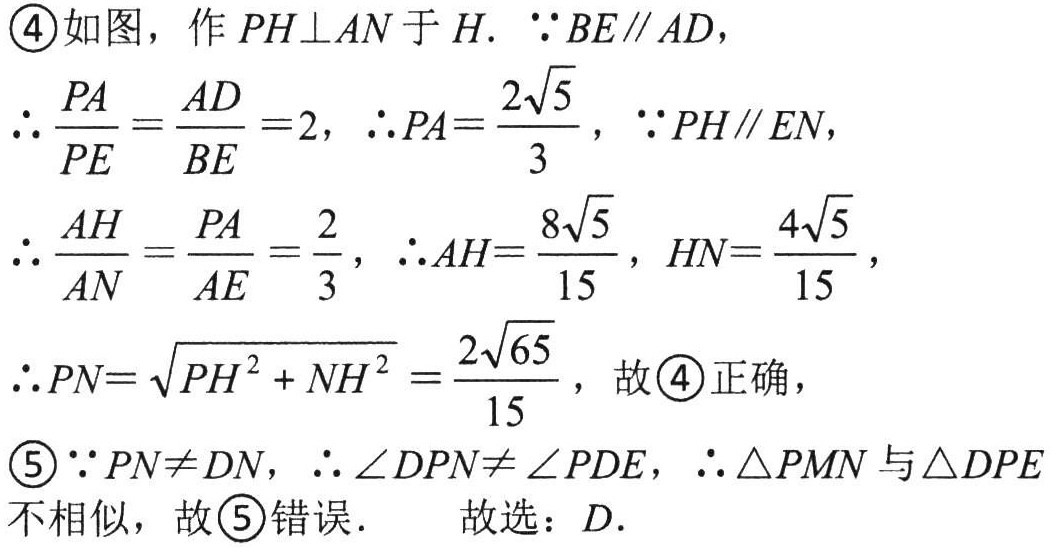
\begin{enumerate}

\item 如图，作 \(PH\perp AN\) 于 \(H\). \(\because BE\parallel AD\)，

\(\therefore \frac{PA}{PE}=\frac{AD}{BE}=2\)，\(\therefore PA = \frac{2\sqrt{5}}{3}\)，\(\because PH\parallel EN\)，

\(\therefore \frac{AH}{AN}=\frac{PA}{AE}=\frac{2}{3}\)，\(\therefore AH=\frac{8\sqrt{5}}{15}\)，\(HN=\frac{4\sqrt{5}}{15}\)，

\(\therefore PN=\sqrt{PH^{2}+NH^{2}}=\frac{2\sqrt{65}}{15}\)，故\textcircled{4}正确，

\item \(\because PN\neq DN\)，\(\therefore \angle DPN\neq \angle PDE\)，\(\therefore \triangle PMN\) 与 \(\triangle DPE\)不相似，故\textcircled{5}错误． 故选：\(D\).

\end{enumerate}